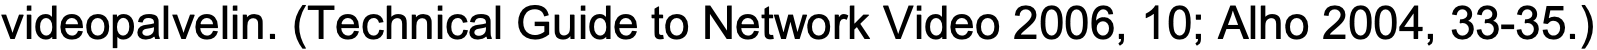
videopalvelin. (Technical Guide to Network Video 2006, 10; Alho 2004, 33-35.)